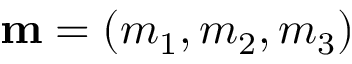
{ \bf m } = ( m _ { 1 } , m _ { 2 } , m _ { 3 } )